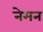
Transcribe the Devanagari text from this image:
नेमन